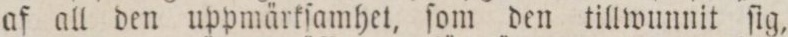
af all den uppmärkſamhet, ſom den tillwunnit ſig,